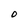
Character: 0